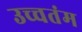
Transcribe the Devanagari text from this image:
उच्चतंम